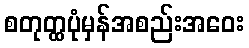
စတုတ္ထပုံမှန်အစည်းအဝေး